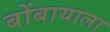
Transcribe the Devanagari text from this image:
बोंबायाला